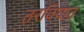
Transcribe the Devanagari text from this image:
तरवियात